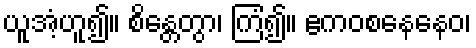
ယူအံ့ဟူ၍။ စိန္တေတွာ၊ ကြံ၍။ ဧကဝစနေနေဝ၊